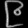
Digit: ၉